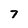
Character: 7